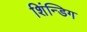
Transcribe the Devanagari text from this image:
शिंन्डिग